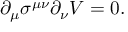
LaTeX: \partial _ { \mu } \sigma ^ { \mu \nu } \partial _ { \nu } V = 0 .